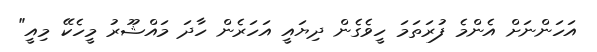
އަހަންނަށް އެންމެ ފުރަތަމަ ހީވެގެން ދިޔައީ އަހަރެން ހާދަ މައްޝޫރު މީހެކޭ މިއީ"